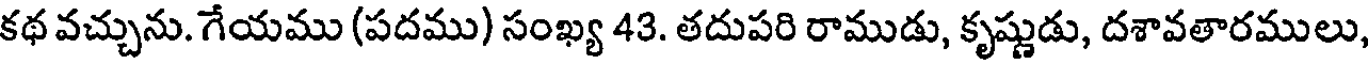
కథ వచ్చును. గేయము (పదము) సంఖ్య 43. తదుపరి రాముడు, కృష్ణుడు, దశావతారములు,